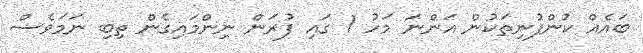
ބައެއް ކުންފުނިތަކުން އަންނަ މަހު 1 ގައި ފުރަން ނިންމައިގެން ތިބި ނަމަވެސް